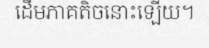
ដើមភាគតិចនោះឡើយ។